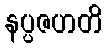
နပ္ပဇဟတိ